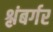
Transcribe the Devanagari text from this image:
श्लंबर्गर